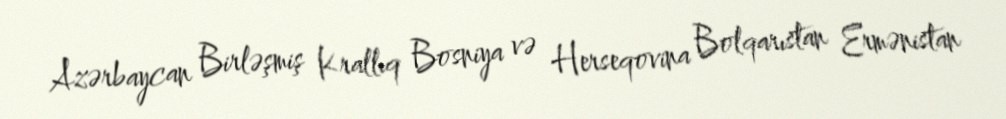
Azərbaycan Birləşmiş Krallıq Bosniya və Herseqovina Bolqarıstan Ermənistan